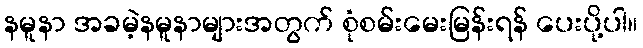
နမူနာ အခမဲ့နမူနာများအတွက် စုံစမ်းမေးမြန်းရန် ပေးပို့ပါ။